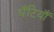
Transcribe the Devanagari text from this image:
घँटियाँ